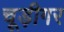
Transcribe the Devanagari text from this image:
चूड़ीगर